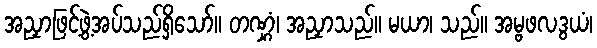
အညှာဖြင့်ဖွဲ့အပ်သည်ရှိသော်။ တဏ္ဋံ၊ အညှာသည်။ မယာ၊ သည်။ အမ္ဗဖလဒွယံ၊